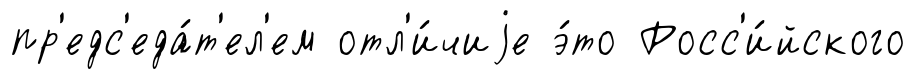
пр'едс'еда́т'ел'ем отл'и́чиjе э́то Росс'и́йского